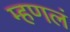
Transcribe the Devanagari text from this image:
म्हणलं